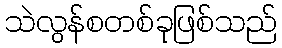
သဲလွန်စတစ်ခုဖြစ်သည်